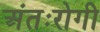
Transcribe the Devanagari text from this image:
अंतःरोगी